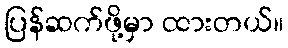
ပြန်ဆက်ဖို့မှာ ထားတယ်။